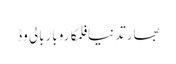
بھارتدنیافلمکاروباربالی وڈ